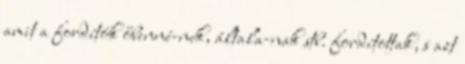
amit a fordítók őbenné-nek, általa-nak stb. fordítottak, s azt